Madras plague regulations and rules - Volume 2
Disease focus: Plague
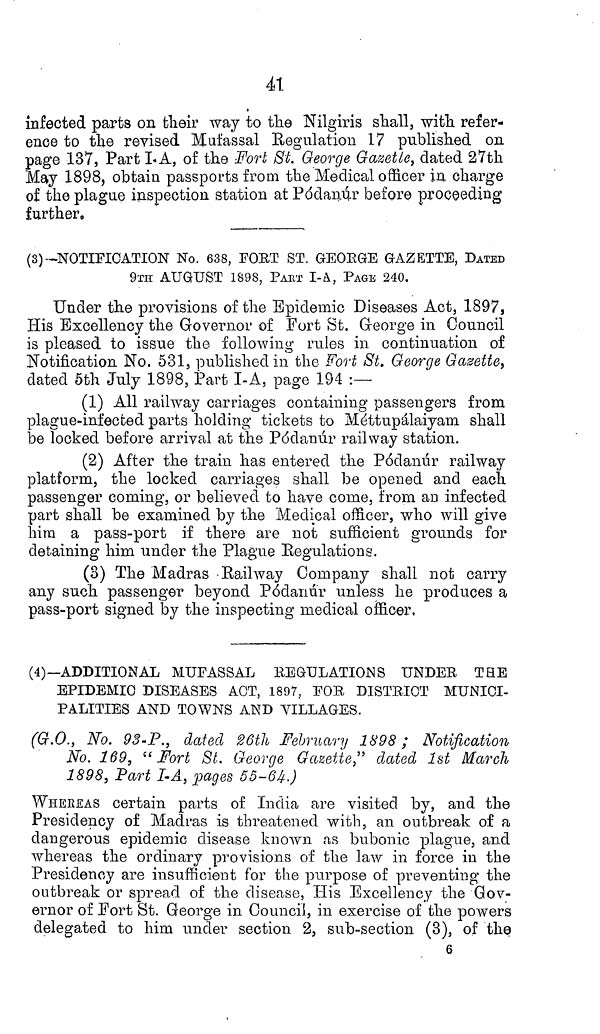
41
infected parts on their way to the Nilgiris shall, with refer-
ence to the revised Mufassal Regulation 17 published on
page 137, Part LA, of the Fort St. George Gazette, dated 27th
May 1898, obtain passports from the Medical officer in charge
of the plague inspection station at Pódanúr before proceeding
further,
(3)—NOTIFICATION No. 638, FORT ST GEORGE GAZETTE, DATED
9TH AUGUST 1898, PART I-A, PAGE 240.
Under the provisions of the Epidemic Diseases Act, 1897,
His Excellency the Governor of Fort St. George in Council
is pleased to issue the following rules in continuation of
Notification No. 531, published in the Fort St. George Gazette,
dated 5th July 1898, Part I-A, page 194 :—
(1) All railway carriages containing passengers from
plague-infected parts holding tickets to Méttupálaiyam shall
be locked before arrival at the Pódanúr railway station.
(2) After the train has entered the Pódanúr railway
platform, the locked carriages shall be opened and each
passenger coming, or believed to have come, from an infected
part shall be examined by the Medical officer, who will give
him a pass-port if there are not sufficient grounds for
detaining him under the Plague Regulations.
(3) The Madras Railway Company shall not carry
any such passenger beyond Pódanúr unless he produces a
pass-port signed by the inspecting medical officer,
(4)—ADDITIONAL MUFASSAL REGULATIONS UNDER THE
EPIDEMIC DISEASES ACT, 1897, FOE DISTRICT MUNICI-
PALITIES AND TOWNS AND VILLAGES.
(G.O., No. 93-P., dated 26th February 1898; Notification
No. 169, "Fort St. George Gazette" dated 1st March
1898, Part I-A, pages 55-64.)
WHEREAS certain parts of India are visited by, and the
Presidency of Madras is threatened with, an outbreak of a
dangerous epidemic disease known as bubonic plague, and
whereas the ordinary provisions of the law in force in the
Presidency are insufficient for the purpose of preventing the
outbreak or spread of the disease, His Excellency the Gov-
ernor of Fort St. George in Council, in exercise of the powers
delegated to him under section 2, sub-section (3), of the
6